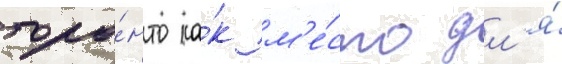
торо́нто ка́к м'е́сто дл'я́